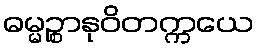
ဓမ္မဉ္စာနုဝိတက္ကယေ